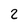
Character: 2